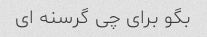
بگو برای چی گرسنه ای